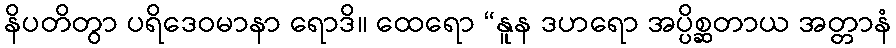
နိပတိတွာ ပရိဒေဝမာနာ ရောဒိ။ ထေရော “နူန ဒဟရော အပ္ပိစ္ဆတာယ အတ္တာနံ